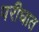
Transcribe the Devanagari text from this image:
परीघात